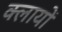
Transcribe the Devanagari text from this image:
क्लायों